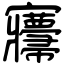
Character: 㝲